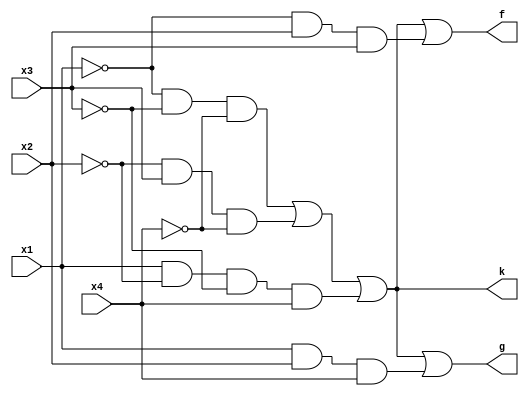
module prog3(x1, x2, x3, x4, f, g, k);
input x1, x2, x3, x4;
output f, g, k;
assign k = (~x1&~x3&~x4)|(~x2&x3&~x4)|(x1&~x2&~x3&x4);
assign f = k|(~x1&x2&x3);
assign g = k|(x1&x2&x4);
endmodule